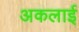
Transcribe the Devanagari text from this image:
अकलाई